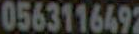
0563116492